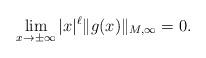
LaTeX: \begin{align*}\lim_{x \to \pm \infty} |x|^\ell \|g(x)\|_{M,\infty} =0.\end{align*}